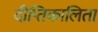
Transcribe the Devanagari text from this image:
दीप्तिकालिता